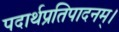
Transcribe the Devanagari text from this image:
पदार्थप्रतिपादनम्।